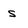
Character: s